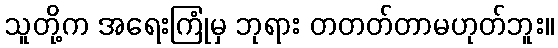
သူတို့က အရေးကြုံမှ ဘုရား တတတ်တာမဟုတ်ဘူး။